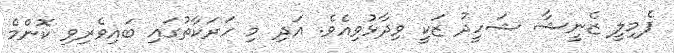
ފެމިލީ ޒެނީޝާ ޝަހީދު ޒަކީ ވިދާޅުވިއެވެ. އަދި މި ހަރަކާތުގައި ބައިވެރިވި ކޮންމެ